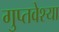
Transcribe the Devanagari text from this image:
गुप्तवेश्या